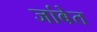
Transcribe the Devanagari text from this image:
जांबेत